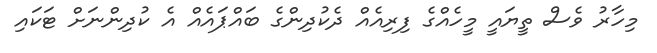
މިހާރު ވެސް ތީޔައީ މީހެއްގެ ފިރިއެއް ދެކުދިންގެ ބައްޕައެއް އެ ކުދިންނަށް ޓަކައި